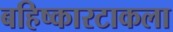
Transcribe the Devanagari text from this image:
बहिष्कारटाकला